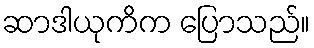
ဆာဒါယုကိက ပြောသည်။